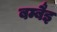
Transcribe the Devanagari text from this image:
बम्बैइ